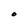
Character: O